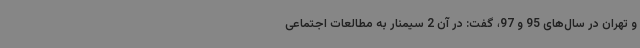
و تهران در سال‌های 95 و 97، گفت: در آن 2 سیمنار به مطالعات اجتماعی